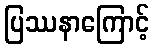
ပြဿနာကြောင့်